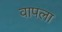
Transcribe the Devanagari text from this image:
वापला